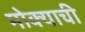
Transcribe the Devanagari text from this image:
मोक्याची